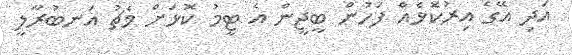
އަދި އޭގެ އިރުކޮޅެއް ފަހުން ބީޖީން އެ ޓީމު ކޮޅަށް މެޗު އަނބުރާލީ